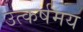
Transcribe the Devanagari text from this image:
उत्कर्षमय